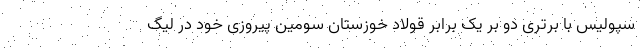
سپولیس با برتری دو بر یک برابر قولاد خوزستان سومین پیروزی خود در لیگ